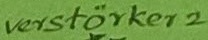
Text: verstärker2